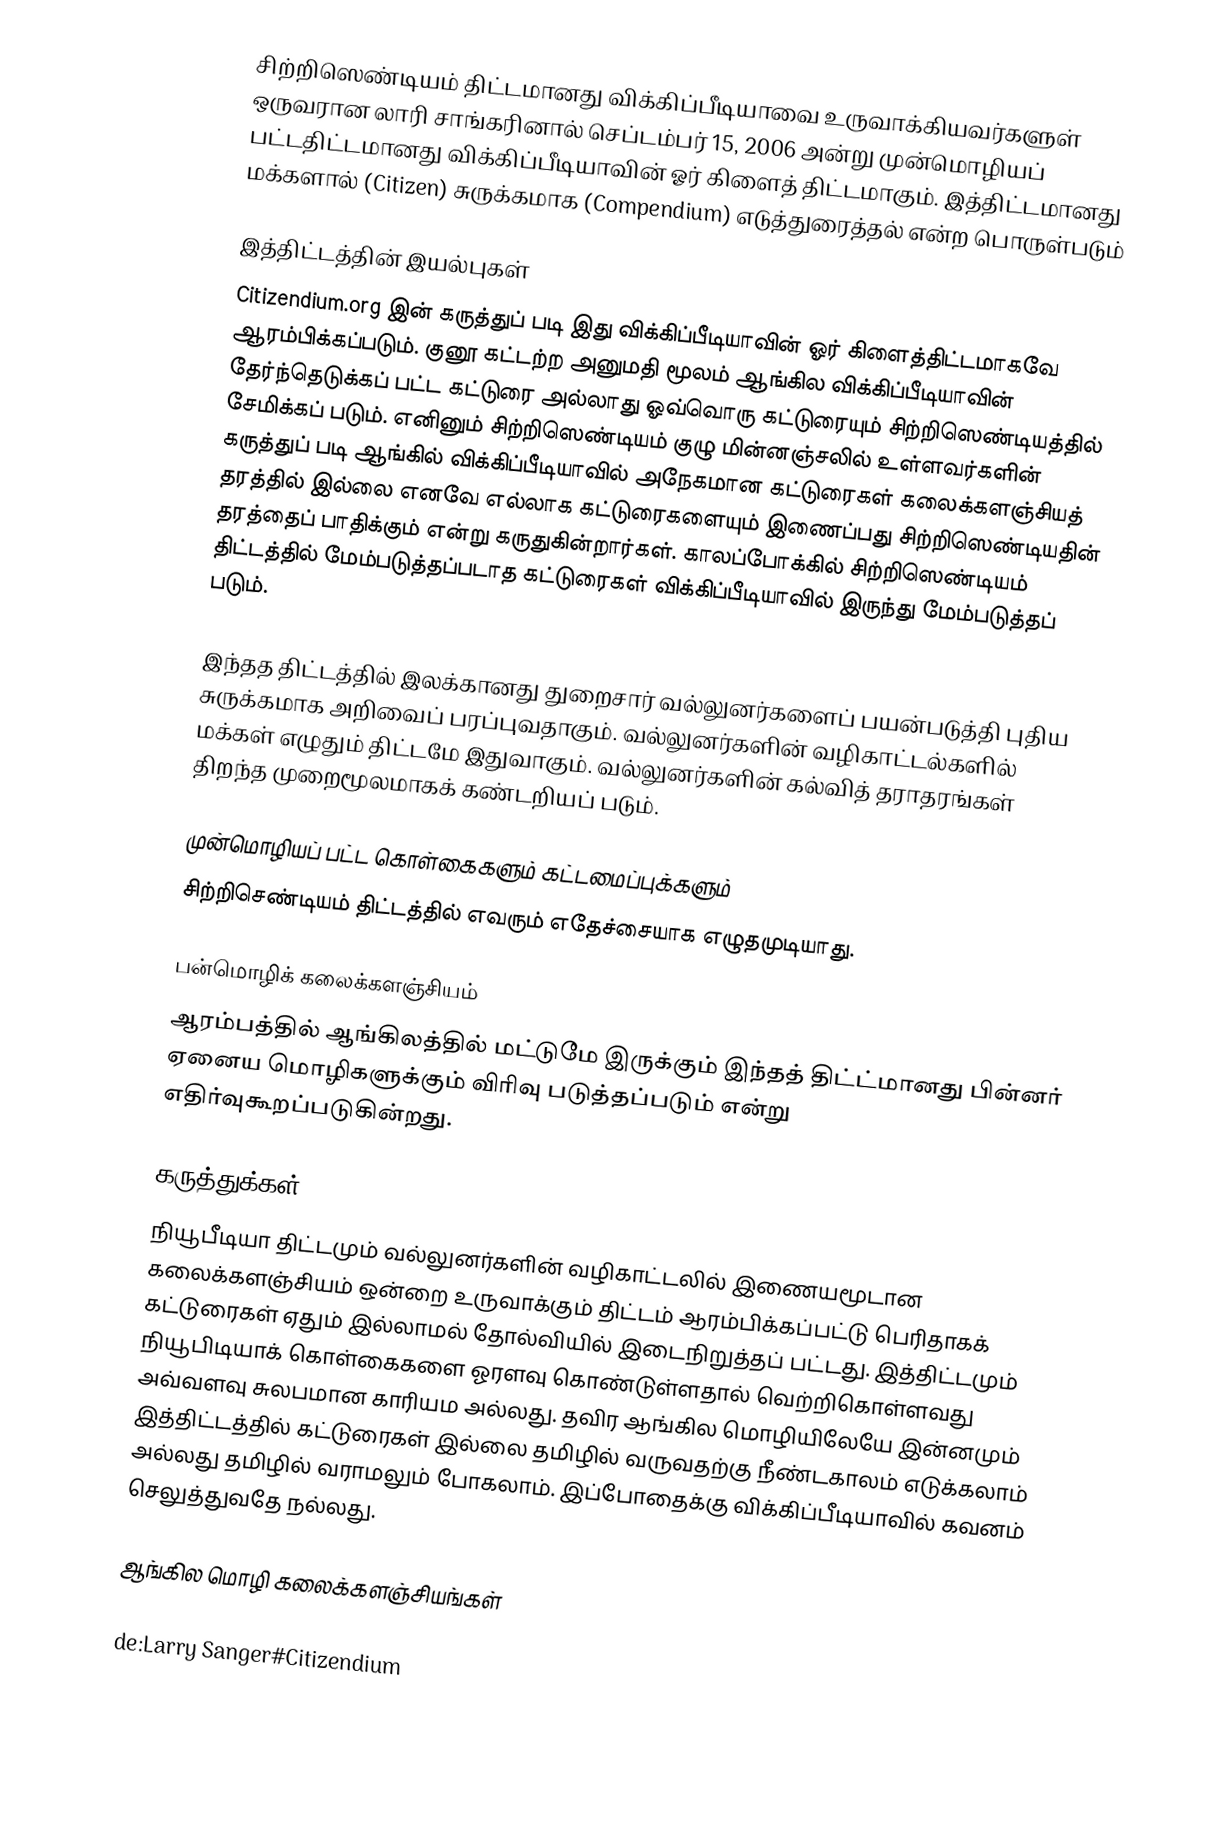
சிற்றிஸெண்டியம் திட்டமானது விக்கிப்பீடியாவை உருவாக்கியவர்களுள் ஒருவரான லாரி சாங்கரினால் செப்டம்பர் 15, 2006 அன்று முன்மொழியப் பட்டதிட்டமானது விக்கிப்பீடியாவின் ஓர் கிளைத் திட்டமாகும். இத்திட்டமானது மக்களால் (Citizen) சுருக்கமாக (Compendium) எடுத்துரைத்தல் என்ற பொருள்படும்

இத்திட்டத்தின் இயல்புகள்
Citizendium.org இன் கருத்துப் படி இது விக்கிப்பீடியாவின் ஓர் கிளைத்திட்டமாகவே ஆரம்பிக்கப்படும். குனூ கட்டற்ற அனுமதி மூலம் ஆங்கில விக்கிப்பீடியாவின் தேர்ந்தெடுக்கப் பட்ட கட்டுரை அல்லாது ஓவ்வொரு கட்டுரையும் சிற்றிஸெண்டியத்தில் சேமிக்கப் படும். எனினும் சிற்றிஸெண்டியம் குழு மின்னஞ்சலில் உள்ளவர்களின் கருத்துப் படி ஆங்கில் விக்கிப்பீடியாவில் அநேகமான கட்டுரைகள் கலைக்களஞ்சியத் தரத்தில் இல்லை எனவே எல்லாக கட்டுரைகளையும் இணைப்பது சிற்றிஸெண்டியதின் தரத்தைப் பாதிக்கும் என்று கருதுகின்றார்கள். காலப்போக்கில் சிற்றிஸெண்டியம் திட்டத்தில் மேம்படுத்தப்படாத கட்டுரைகள் விக்கிப்பீடியாவில் இருந்து மேம்படுத்தப் படும்.

இந்தத திட்டத்தில் இலக்கானது துறைசார் வல்லுனர்களைப் பயன்படுத்தி புதிய சுருக்கமாக அறிவைப் பரப்புவதாகும். வல்லுனர்களின் வழிகாட்டல்களில் மக்கள் எழுதும் திட்டமே இதுவாகும். வல்லுனர்களின் கல்வித் தராதரங்கள் திறந்த முறைமூலமாகக் கண்டறியப் படும்.

முன்மொழியப் பட்ட கொள்கைகளும் கட்டமைப்புக்களும்
சிற்றிசெண்டியம் திட்டத்தில் எவரும் எதேச்சையாக எழுதமுடியாது.

பன்மொழிக் கலைக்களஞ்சியம்
ஆரம்பத்தில் ஆங்கிலத்தில் மட்டுமே இருக்கும் இந்தத் திட்ட்மானது பின்னர் ஏனைய மொழிகளுக்கும் விரிவு படுத்தப்படும் என்று எதிர்வுகூறப்படுகின்றது.

கருத்துக்கள்
நியூபீடியா திட்டமும் வல்லுனர்களின் வழிகாட்டலில் இணையமூடான கலைக்களஞ்சியம் ஒன்றை உருவாக்கும் திட்டம் ஆரம்பிக்கப்பட்டு பெரிதாகக் கட்டுரைகள் ஏதும் இல்லாமல் தோல்வியில் இடைநிறுத்தப் பட்டது. இத்திட்டமும் நியூபிடியாக் கொள்கைகளை ஓரளவு கொண்டுள்ளதால் வெற்றிகொள்ளவது அவ்வளவு சுலபமான காரியம அல்லது. தவிர ஆங்கில மொழியிலேயே இன்னமும் இத்திட்டத்தில் கட்டுரைகள் இல்லை தமிழில் வருவதற்கு நீண்டகாலம் எடுக்கலாம் அல்லது தமிழில் வராமலும் போகலாம். இப்போதைக்கு விக்கிப்பீடியாவில் கவனம் செலுத்துவதே நல்லது.

ஆங்கில மொழி கலைக்களஞ்சியங்கள்

de:Larry Sanger#Citizendium